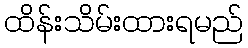
ထိန်းသိမ်းထားရမည်